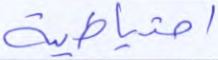
احتياطية